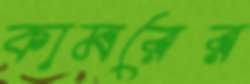
কামরের